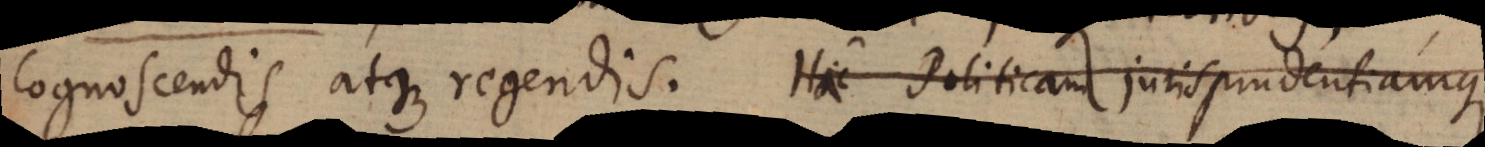
cognoscendis atque regendis. Hic Politicam jurisprudentiamque